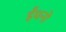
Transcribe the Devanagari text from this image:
ईंधनो